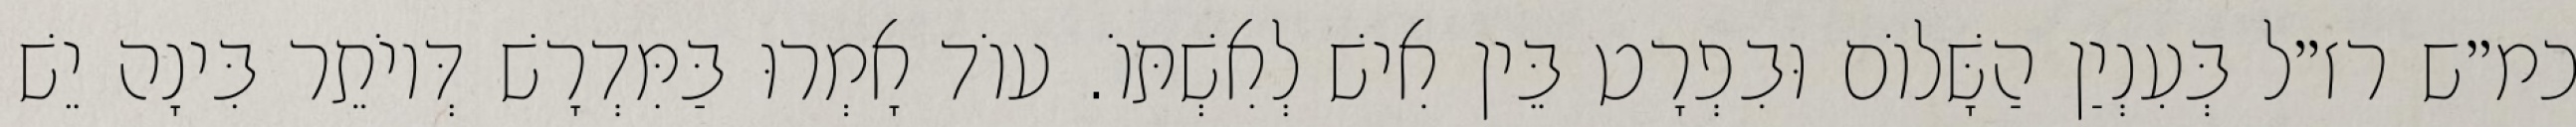
כמ״ש רז״ל בְּעִנְיַן הַשָּׁלוֹם וּבִפְרָט בֵּין אִישׁ לְאִשְׁתּוֹ. עוֹד אָמְרוּ בַּמִּדְרָשׁ דְּיוֹתֵר בִּינָה יֵשׁ